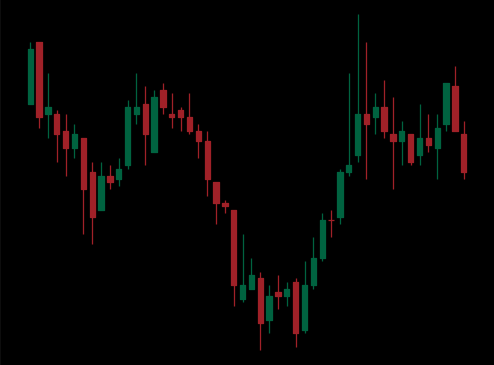
Pattern: inverse_head_shoulders